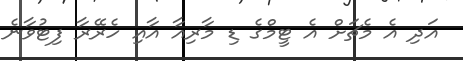
އަދި އެ މެޗަށް އެ ޓީމްގެ ޑި މާރިއާ އާއި ހެރޭރާ ފިޓުވާނެ